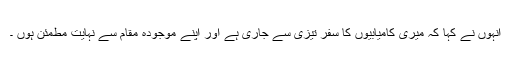
انہوں نے کہا کہ میری کامیابیوں کا سفر تیزی سے جاری ہے اور اپنے موجودہ مقام سے نہایت مطمئن ہوں ۔